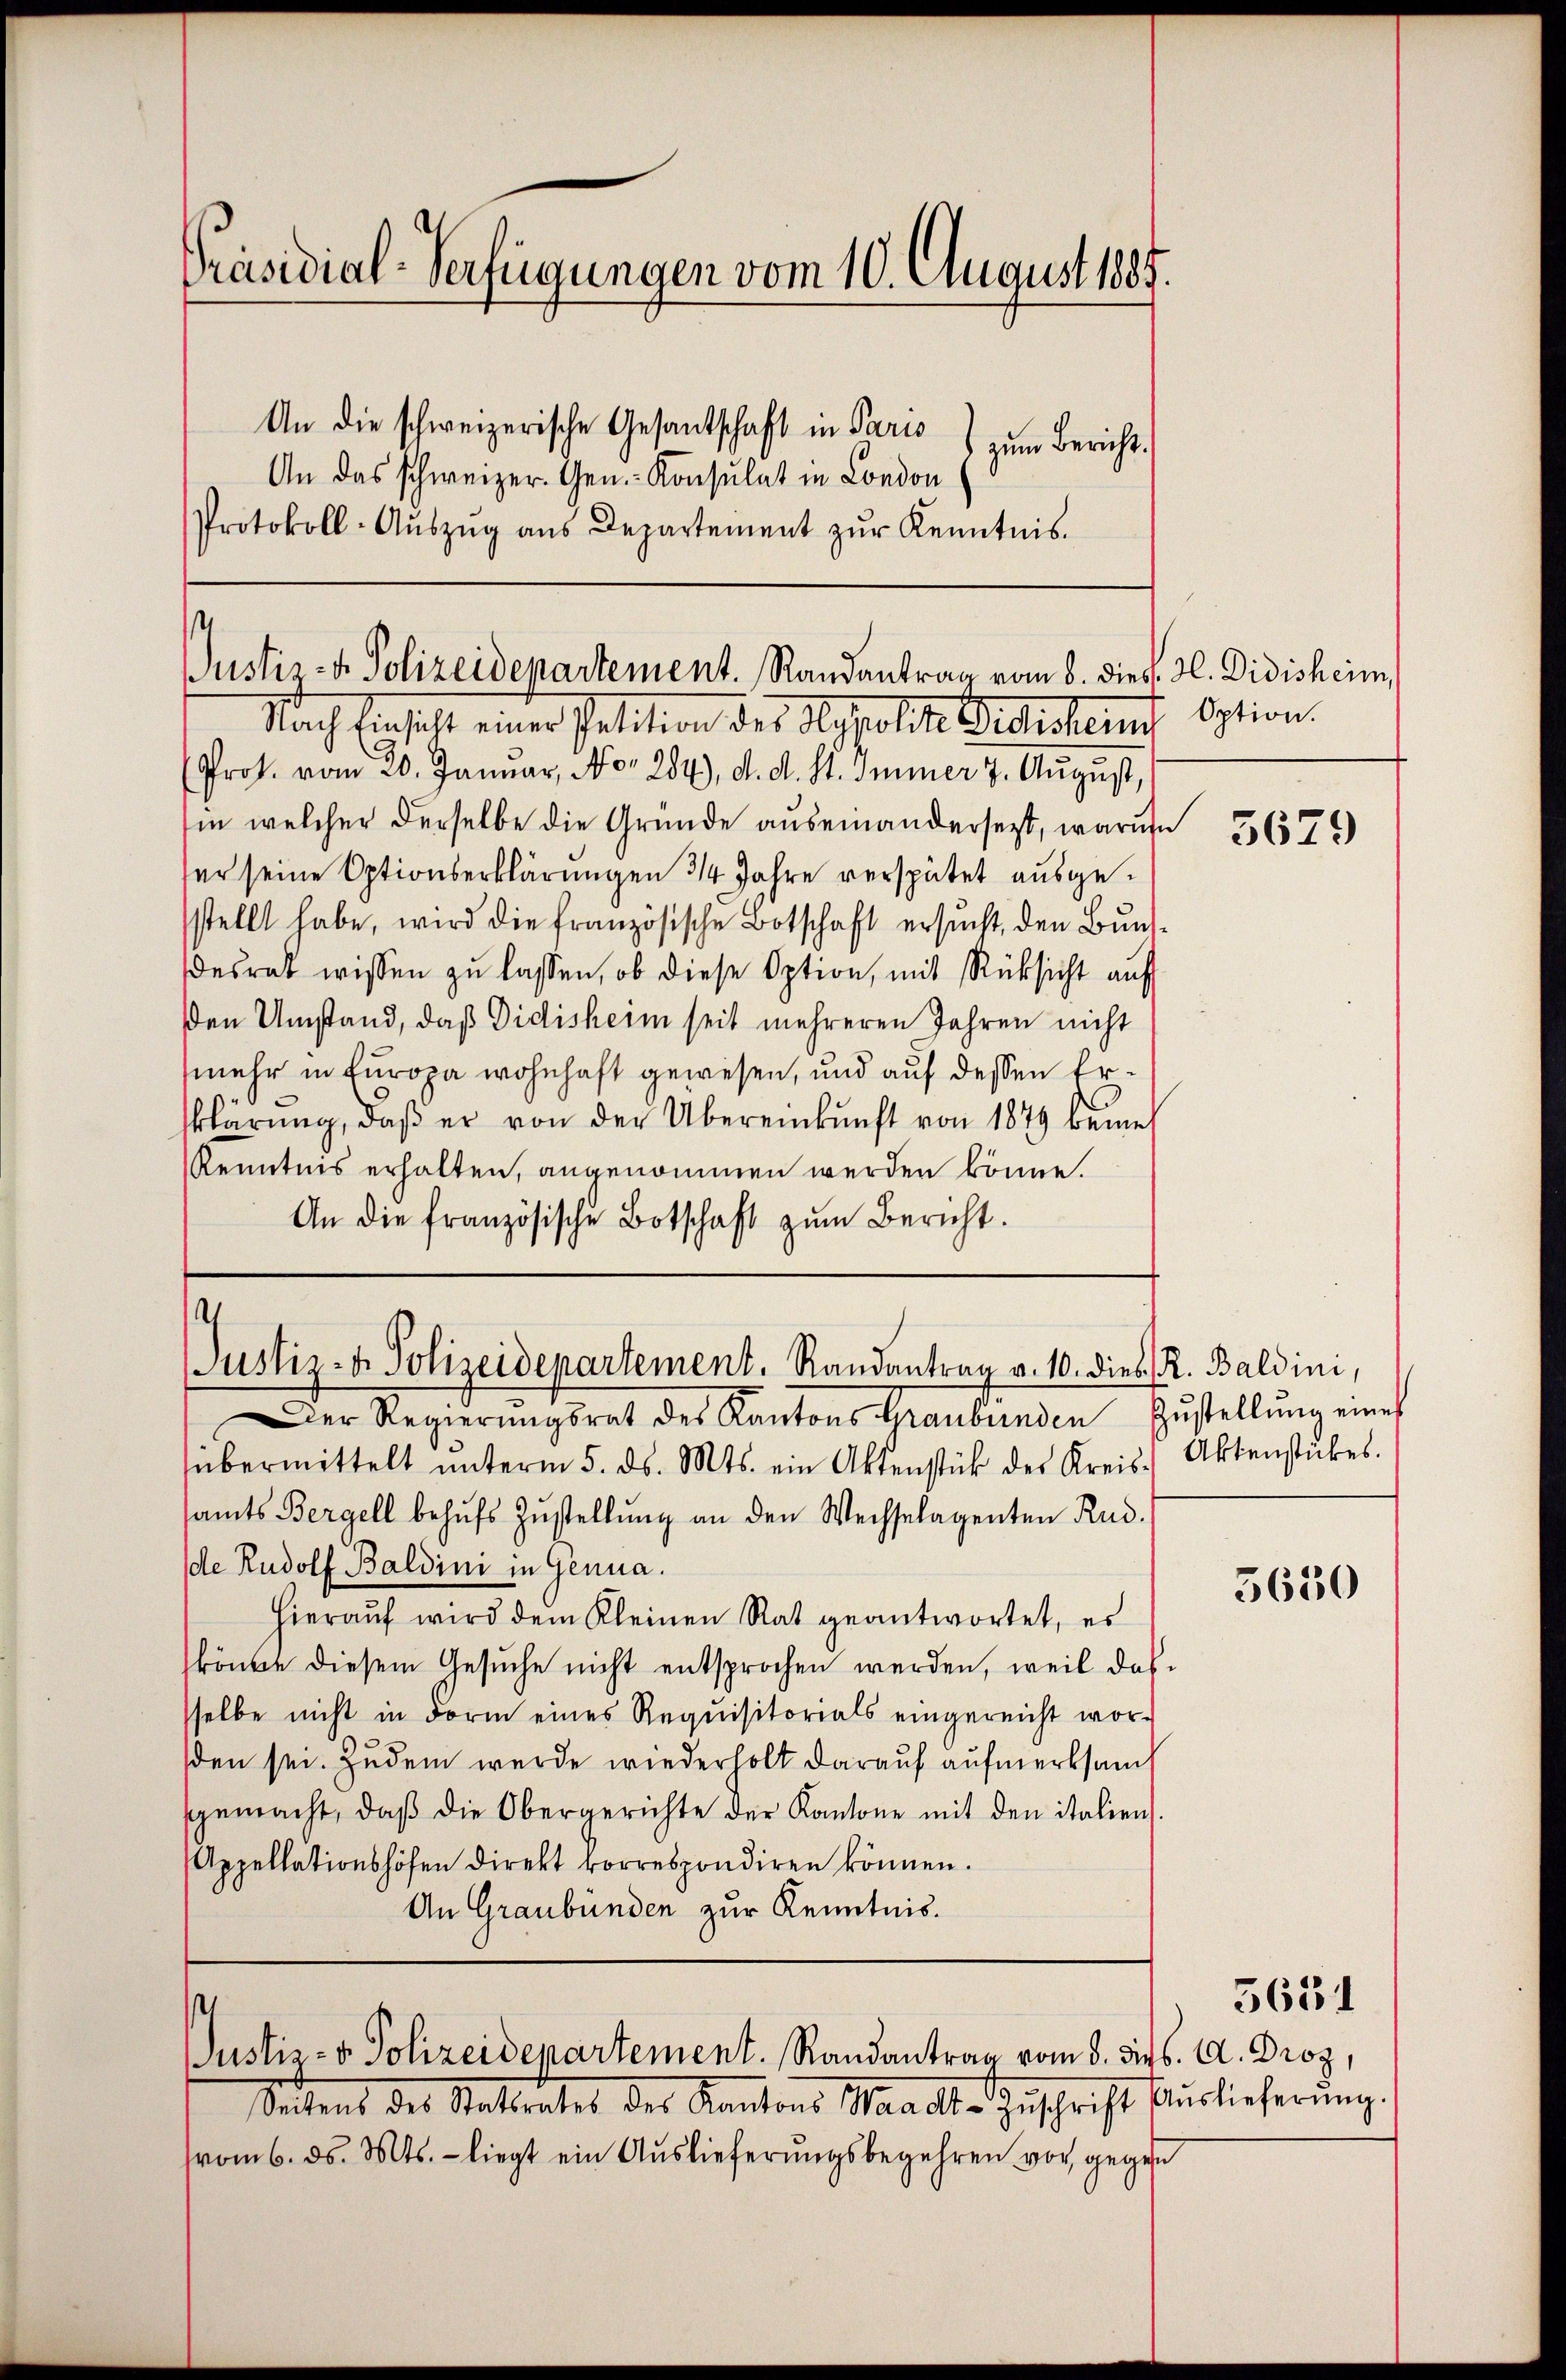
Präsidial-Verfügungen vom 10. August 1885.
An die schweizerische Gesantschaft in Paris
zum Bericht.
An das schweizer. Gen.- Konsulat in London
Protokoll-Aŭszŭg aŭs Departement zŭr Kenntnis.

Prof. vom 20. Januar, No. 284), d. d. St. Immer 7. August,
in welcher derselbe die Gründe auseinandersezt, warum
ter seine Optionserklärungen 3/4 Jahre verspätet ausgestellt habe, wird die französische Botschaft ersucht, den Bundesrat wissen zu lassen, ob diese Option, mit Rücksicht auf
den Umstand, daß Didisheim seit mehreren Jahren nicht
mehr in Europa wohnhaft gewesen, und auf dessen Erklärung, daβ er von der Übereinkunft von 1879 beme
Kenntnis erhalten, angenommen werden könne.
An die französische Botschaft zŭm Bericht.

Der Regierŭngsrat des Kantons Graubünden Zŭstellŭng eines
übermittelt ŭnterm 5. ds. Mts. ein Aktenstück der Kreis-Aktenstückes.
samts Bergell behŭfs Zŭstellŭng an den Wechselagenten Rud.
de Rudolf Baldini in Genua.
Hierauf wird dem Kleinen Rat geantwortet, es
könne diesem Gesuche nicht entsprochen werden, weil das
sselbe nicht in Form eines Requisitorials eingereicht wor-
den sei. Zudem wurde wiederholt darauf aufmerksam
sgemacht, daβ die Obergerichte der Kantone mit den italien.
Appellationshofen direkt korrespondiren können.
An Graubünden zur Kenntnis.

Seitens des Stattrates der Kantons Waadt-Zŭschrift Auslieferŭng.
vom 6. ds. Mts. - liegt ein Auslieferungsbegehren vor, gegen

Justiz- & Polizeidepartement. Randantrag vom 8. dies 2. Didisheim,
Nach Einsicht einer Petition des Hypolite Gedichem Option.

Justiz- & Polizeidepartement. Randantrag v. 10. dies R. Baldini,

s
Justiz- & Polizeidepartement. Randantrag vom 8. dir. A. Droz,

5629

3630

5651